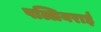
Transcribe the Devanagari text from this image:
पल्लियराई